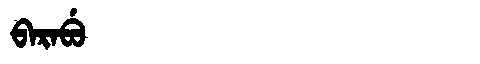
Manchu: ᠪᠠᡵᠠᠪᡠ
Romanization: BARABU